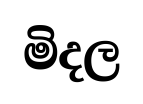
මිදල